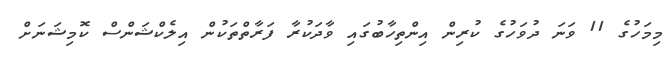
މިމަހުގެ 11 ވަނަ ދުވަހުގެ ކުރިން އިންތިހާބުގައި ވާދަކުރާ ފަރާތްތަކުން އިލެކްޝަންސް ކޮމިޝަނަށް